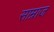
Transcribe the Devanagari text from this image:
साम्राज